system: You are a helpful assistant.
user:
Analyze the provided spectrum to determine if it is a **M-type Giant (gM)**.

A M-type Giant spectrum is defined by its **strong molecular absorption** features, particularly from **Titanium Oxide (TiO)**. You must check for one of the following mutually exclusive signatures:

- **Key Visual Indicators (Absorption-Dominated Spectrum):**

    - **(Primary):** The spectrum is dominated by strong molecular absorption from **Titanium Oxide (TiO)**. This is the **defining feature** of its M-type temperature class.
        - **(Key Bandheads):** Look for sharp, "saw-tooth" absorption valleys. The strongest are located near **~7050 Å**, **~6160 Å**, and **~5170 Å**.
        - **(Line Profile):** The "saw-tooth" morphology is critical: a **sharp, steep drop on the BLUE (short-wavelength) side** of the bandhead, followed by a gradual recovery (rising flux) towards the RED (long-wavelength) side.

    - **(Key Confirmation - Giant vs. Dwarf):** **ABSENCE** of strong **Calcium Hydride (CaH)** molecular bands. This is the primary diagnostic for *excluding* M-dwarfs.
        - **(Key Region):** The spectrum should lack the strong, broad absorption band seen in dwarfs between **~6800 Å and ~7000 Å**.

    - **(Secondary Confirmation - Giant):** A very strong and broad **Neutral Calcium (Ca I)** atomic absorption line.
        - **(Key Line):** Located at **~4226 Å**. In a giant (gM), this line is significantly deeper and broader than the same line in an M-dwarf (dM) due to low surface gravity.

    - **(Overall Spectrum):**
        - The continuum is **extremely red-sloping** (i.e., flux is very low in the blue and rises dramatically towards the red).
        - The entire spectrum appears "chopped up" by the deep TiO bands.

Think first, call **spectral_visualization_tool** if needed to examine features in detail, then provide your final answer. Your response must adhere to the following strict rules:
1.  **Overall Structure:** Your response must follow the format `<think>...</think> <tool_call>...</tool_call> (if a tool is used) <answer>...</answer>`.
2.  **Tool Usage Constraint:** You may only make **one** tool call per turn.
3.  **Final Answer Format:** In the `<answer>` tag, your conclusion must be inside a `\boxed{}` command (e.g., `\boxed{YES}` or `\boxed{NO}`), followed by your justification.

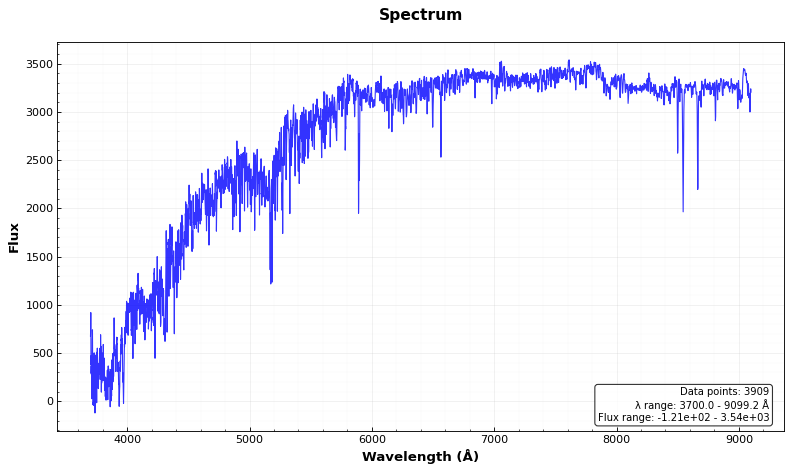
Answer: NO